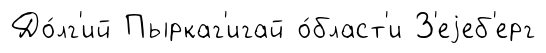
До́лг'ий Пыркаг'игай о́бласт'и З'еjеб'ерг